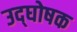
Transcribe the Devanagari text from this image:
उद्‍घोषक